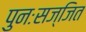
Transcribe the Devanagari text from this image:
पुनःसज्जित